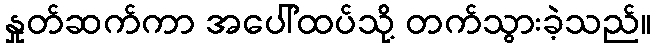
နှုတ်ဆက်ကာ အပေါ်ထပ်သို့ တက်သွားခဲ့သည်။